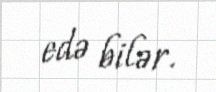
edə bilər.